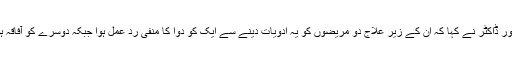
ایک اور ڈاکٹر نے کہا کہ ان کے زیر علاج دو مریضوں کو یہ ادویات دینے سے ایک کو دوا کا منفی رد عمل ہوا جبکہ دوسرے کو آفاقہ ہو گیا۔